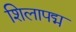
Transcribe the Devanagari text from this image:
शिलापद्म